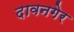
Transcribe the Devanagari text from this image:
दावनगेर